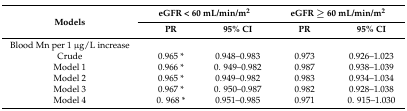
| <ROWSPAN=2> Models | <COLSPAN=2> eGFR < 60 mL/min/m2 | <COLSPAN=2> eGFR ≥ 60 mL/min/m2 |
 | PR | 95% CI | PR | 95% CI |
 | --- | --- | --- | --- | --- |
 | Blood Mn per 1 μg/L increase |  |  |  |  |
 | Crude | 0.965 * | 0.948–0.983 | 0.973 | 0.926–1.023 |
 | Model 1 | 0.966 * | 0. 949–0.982 | 0.987 | 0.938–1.039 |
 | Model 2 | 0.965 * | 0.949–0.982 | 0.983 | 0.934–1.034 |
 | Model 3 | 0.967 * | 0. 950–0.987 | 0.982 | 0.928–1.038 |
 | Model 4 | 0. 968 * | 0.951–0.985 | 0.971 | 0. 915–1.030 |